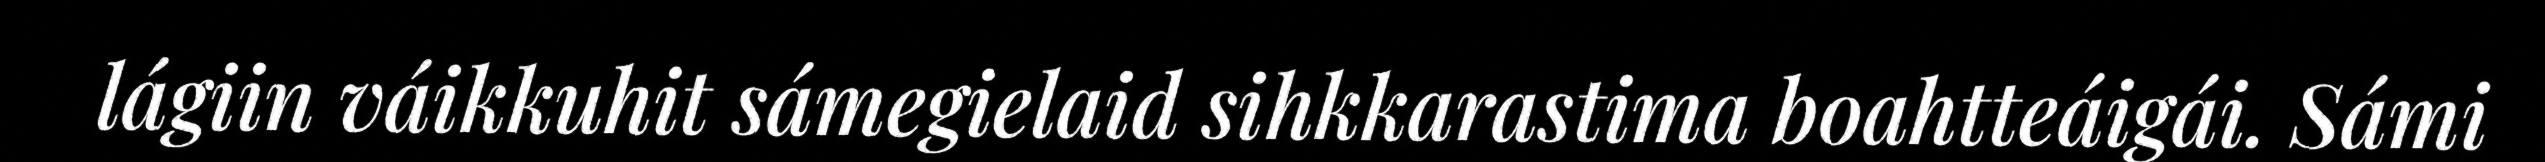
lágiin váikkuhit sámegielaid sihkkarastima boahtteáigái. Sámi